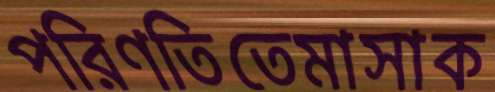
পরিণতিতেমাসাক